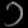
Digit: ၁